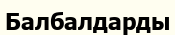
Балбалдарды